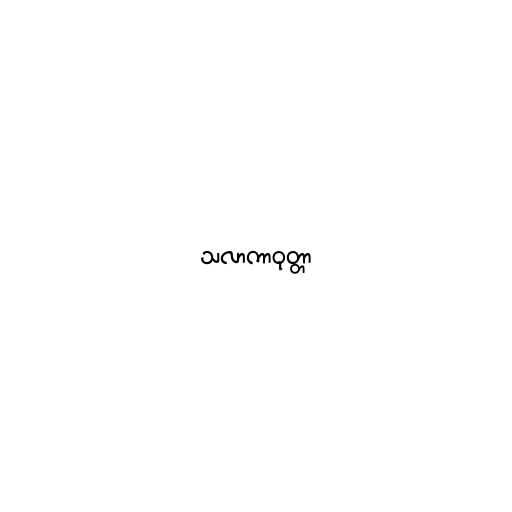
သလာကာဝုတ္တာ